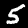
Digit: 5